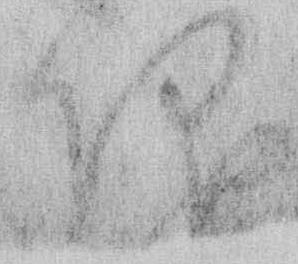
仰